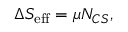
\Delta S _ { \mathrm { e f f } } = \mu N _ { C S } ,